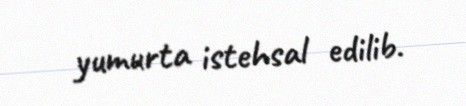
yumurta istehsal edilib.